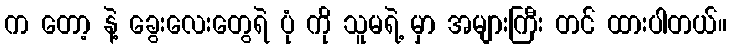
က တော့ နဲ့ ခွေးလေးတွေရဲ ပုံ ကို သူမရဲ့ မှာ အများကြီး တင် ထားပါတယ်။